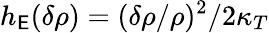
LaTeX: h_{\mathsf{E}}(\delta\rho)=(\delta\rho/\rho)^{2}/2\kappa_{T}